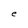
Character: e